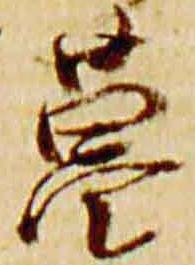
菖